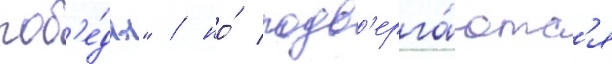
поб'е́ды" / но́ подв'ерга́ютс'я